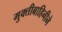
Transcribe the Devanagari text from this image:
मुक्तीबाहिनीने